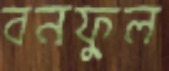
বনফুল